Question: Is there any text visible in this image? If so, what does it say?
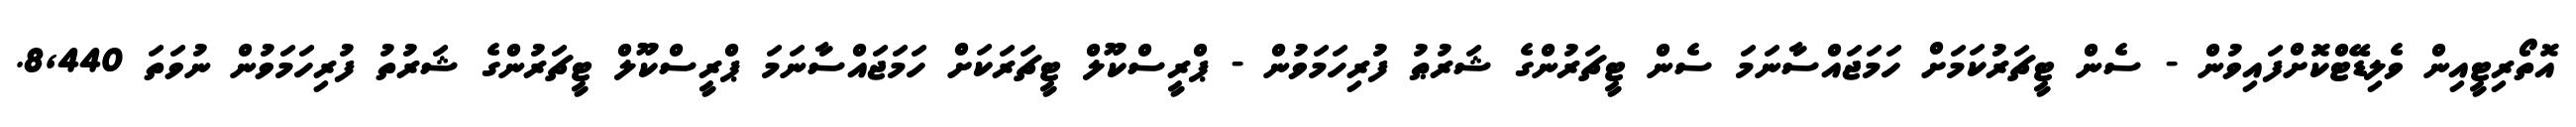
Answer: އޮތޯރިޓީއިން ވެލިޑޭޓްކޮށްފައިވުން - ސެން ޓީޗަރުކަމަށް ހަމަޖައްސާނަމަ ސެން ޓީޗަރުންގެ ޝަރުޠު ފުރިހަމަވުން - ޕްރީސްކޫލް ޓީޗަރަކަށް ހަމަޖައްސާނަމަ ޕްރީސްކޫލް ޓީޗަރުންގެ ޝަރުތު ފުރިހަމަވުން ނުވަތަ 8,440.